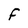
Character: F